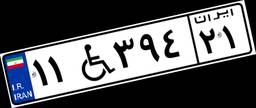
۴۰W۱۶۳۵۲